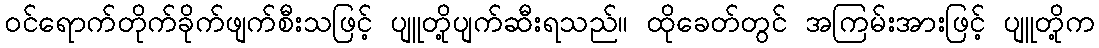
ဝင်ရောက်တိုက်ခိုက်ဖျက်စီးသဖြင့် ပျူတို့ပျက်ဆီးရသည်။ ထိုခေတ်တွင် အကြမ်းအားဖြင့် ပျူတို့က